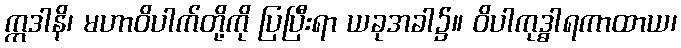
ဣဒါနိ၊ မဟာဝိပါက်တို့ကို ပြပြီးရာ ယခုအခါ၌။ ဝိပါကုဒ္ဓါရကာထာယ၊